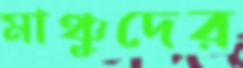
মাঞ্চুদের